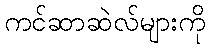
ကင်ဆာဆဲလ်များကို